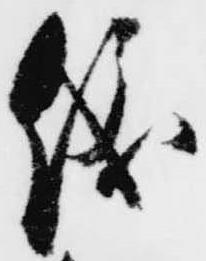
儀